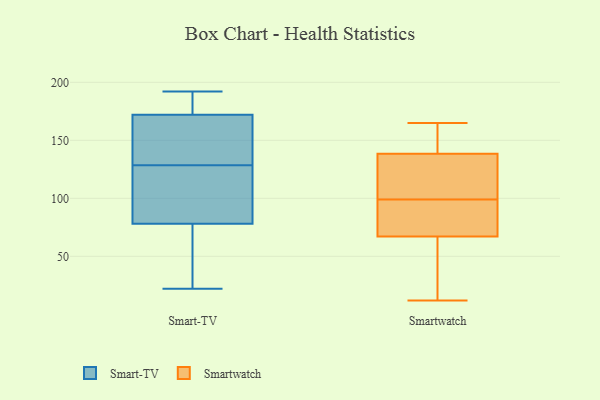
{"axis": {"x": "Population (Million)", "y": "Value"}, "legend": ["Smart-TV", "Smartwatch"], "data": [{"x": "", "y": 22, "type": "Smart-TV"}, {"x": "", "y": 103, "type": "Smart-TV"}, {"x": "", "y": 44, "type": "Smart-TV"}, {"x": "", "y": 189, "type": "Smart-TV"}, {"x": "", "y": 139, "type": "Smart-TV"}, {"x": "", "y": 118, "type": "Smart-TV"}, {"x": "", "y": 163, "type": "Smart-TV"}, {"x": "", "y": 172, "type": "Smart-TV"}, {"x": "", "y": 192, "type": "Smart-TV"}, {"x": "", "y": 78, "type": "Smart-TV"}, {"x": "", "y": 91, "type": "Smartwatch"}, {"x": "", "y": 107, "type": "Smartwatch"}, {"x": "", "y": 49, "type": "Smartwatch"}, {"x": "", "y": 165, "type": "Smartwatch"}, {"x": "", "y": 65, "type": "Smartwatch"}, {"x": "", "y": 94, "type": "Smartwatch"}, {"x": "", "y": 125, "type": "Smartwatch"}, {"x": "", "y": 160, "type": "Smartwatch"}, {"x": "", "y": 75, "type": "Smartwatch"}, {"x": "", "y": 69, "type": "Smartwatch"}, {"x": "", "y": 104, "type": "Smartwatch"}, {"x": "", "y": 126, "type": "Smartwatch"}, {"x": "", "y": 158, "type": "Smartwatch"}, {"x": "", "y": 73, "type": "Smartwatch"}, {"x": "", "y": 23, "type": "Smartwatch"}, {"x": "", "y": 150, "type": "Smartwatch"}, {"x": "", "y": 12, "type": "Smartwatch"}, {"x": "", "y": 151, "type": "Smartwatch"}, {"x": "", "y": 127, "type": "Smartwatch"}, {"x": "", "y": 48, "type": "Smartwatch"}]}